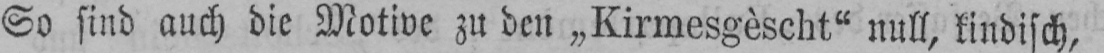
So sind auch die Motive zu den „Kirmesgèscht“ null, kindisch,